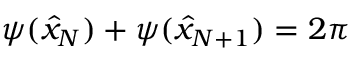
\psi ( \hat { x } _ { N } ) + \psi ( \hat { x } _ { N + 1 } ) = 2 \pi